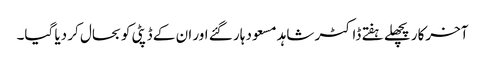
آخرکار پچھلے ہفتے ڈاکٹر شاہد مسعود ہار گئے اور ان کے ڈپٹی کو بحال کر دیا گیا۔